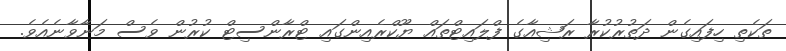
ތަކެތި ހިފައިގެން ދަތުރުކުރާ ރަޝިއާގެ ފްލައިޓްތައް ޔޫކްރެއިންގައި ޓްރާންސިޓް ކުރުން ވެސް މަނާވާނެއެވެ.